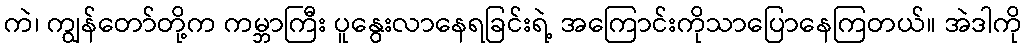
ကဲ၊ ကျွန်တော်တို့က ကမ္ဘာကြီး ပူနွေးလာနေရခြင်းရဲ့ အကြောင်းကိုသာပြောနေကြတယ်။ အဲဒါကို